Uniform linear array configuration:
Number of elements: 8
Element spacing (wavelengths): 1
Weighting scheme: hann
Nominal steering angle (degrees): -30
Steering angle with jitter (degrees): -28.029
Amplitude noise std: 0.05
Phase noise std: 0.05

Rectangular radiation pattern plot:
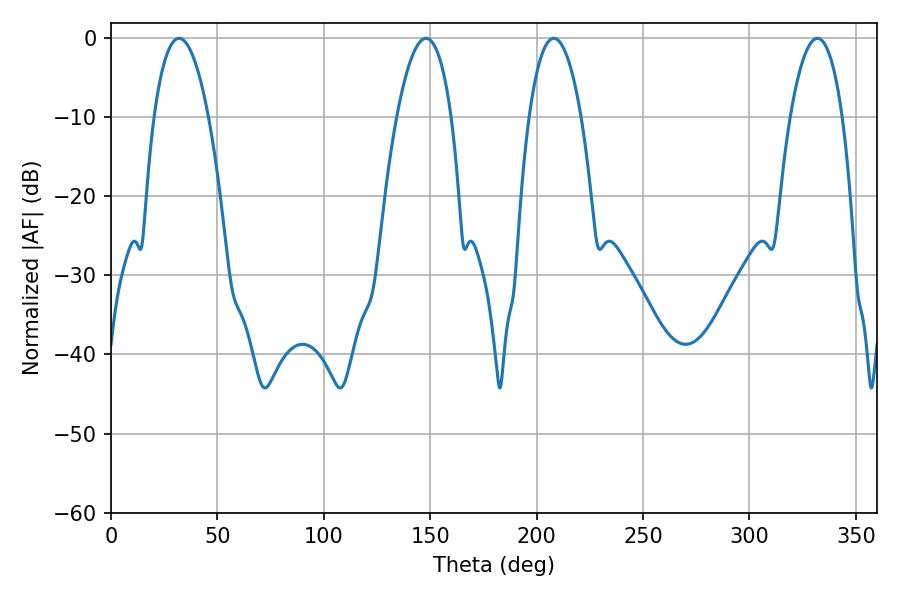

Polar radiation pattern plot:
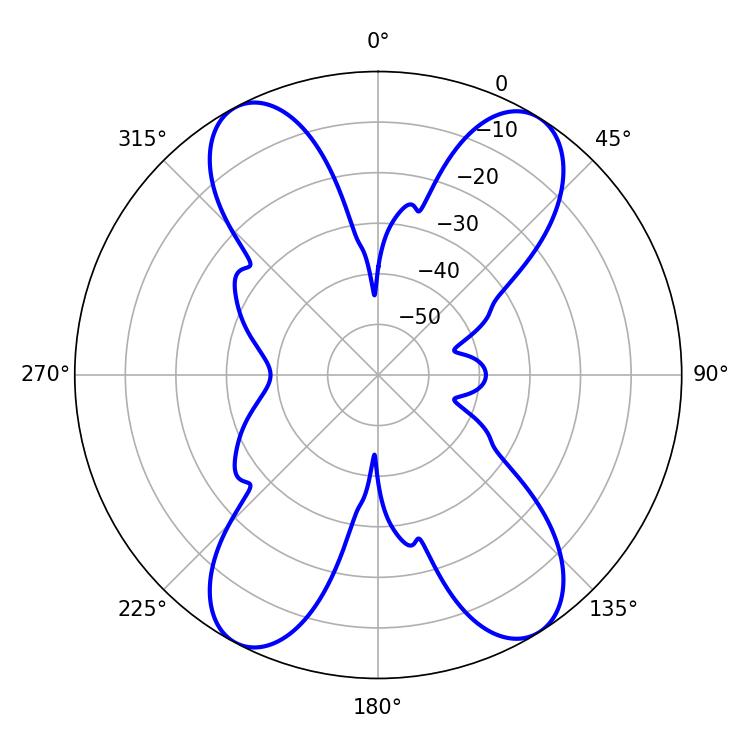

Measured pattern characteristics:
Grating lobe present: TRUE
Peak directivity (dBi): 16.706
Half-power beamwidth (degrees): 13.68
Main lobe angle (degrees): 331.92